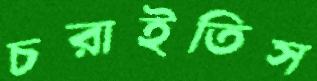
চরাইতিস